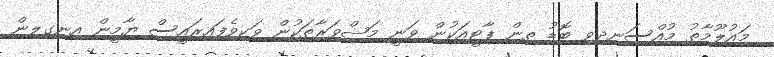
މައުލޫމާތު މުއްސަނދިވި ބޮޑު ތިން ޕާޓީއަކުން ވަނީ މަޝްވަރާތަކުން ވަކިވެފައިރައީސް ޔާމީން އިނގިލިން